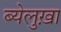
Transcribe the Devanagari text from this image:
ब्येलुख़ा